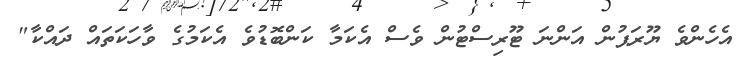
އެހެންވެ ޔޫރަޕުން އަންނަ ޓޫރިސްޓުން ވެސް އެކަމާ ކަންބޮޑުވެ އެކަމުގެ ވާހަކަތައް ދައްކާ"